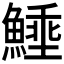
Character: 𩺖